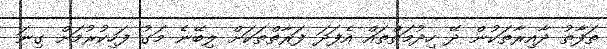
ތަފާތު ދާއިރާތަކުން ދޭ ހިދުމަތްތައް އެފަދަ ފަރާތްތަކަށް ލިބޭނެ މަގު ފަހިކުރުމަށް ގިނަ